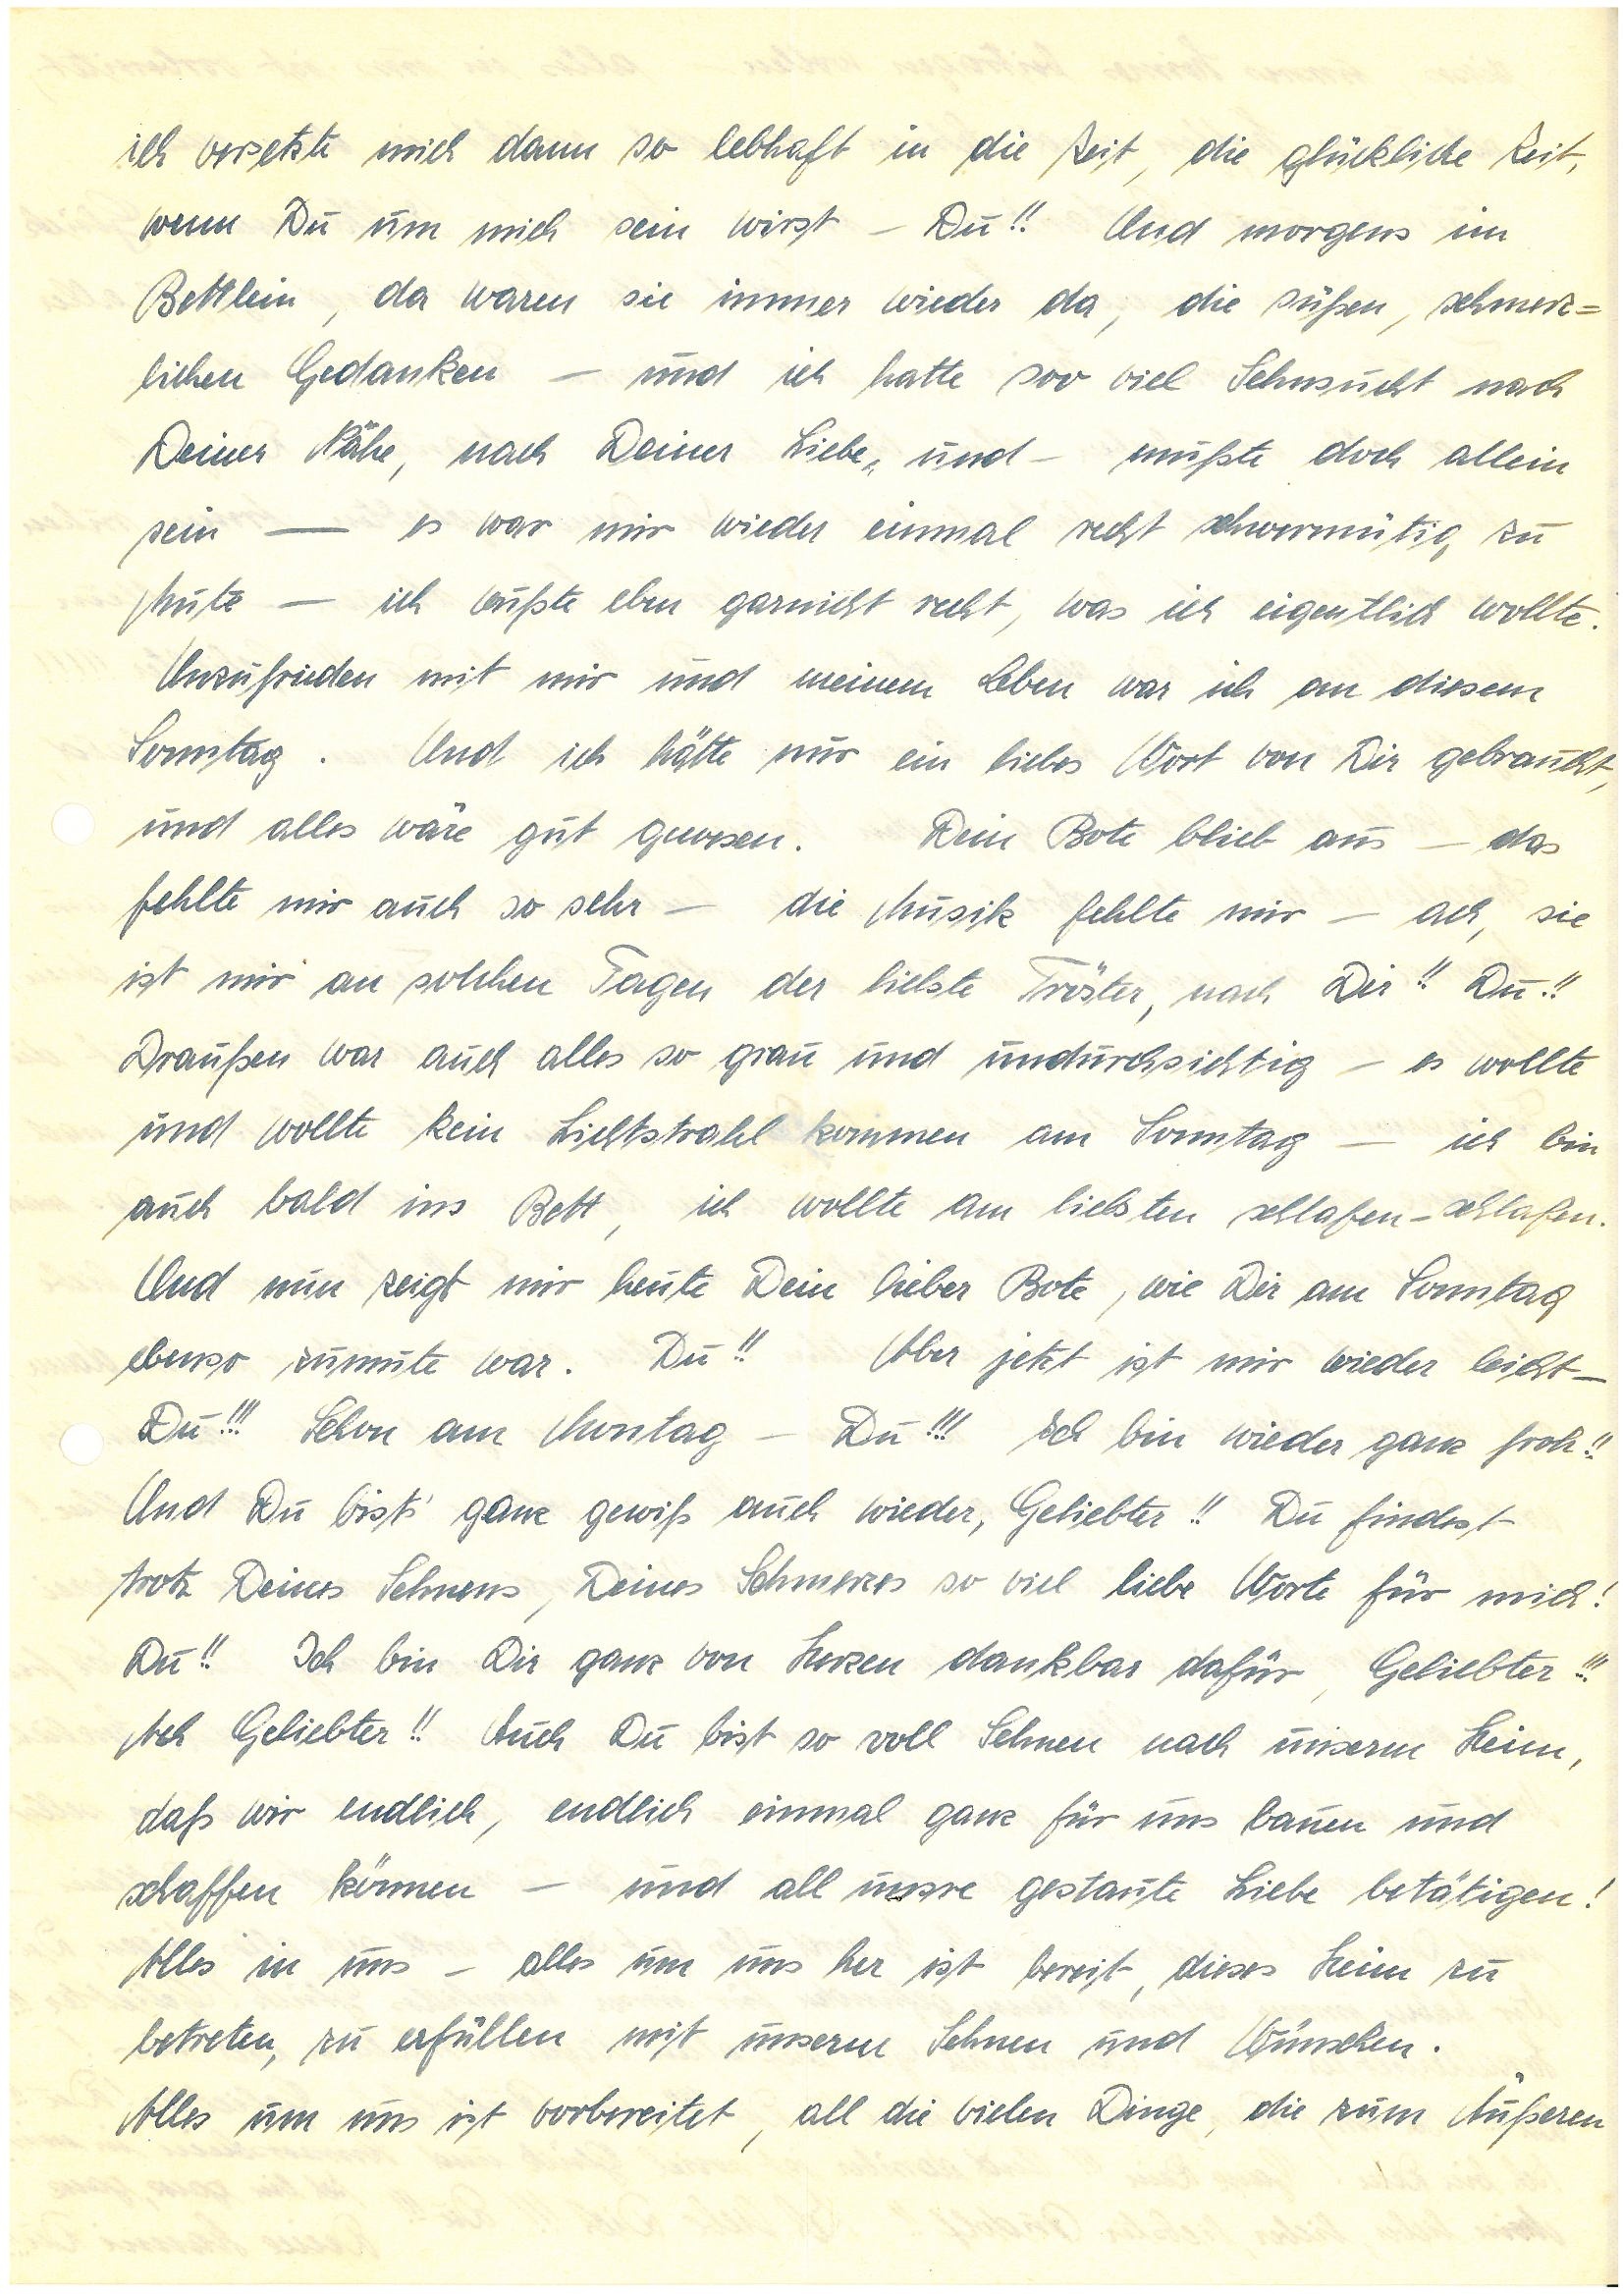
ich versetzte mich dann so lebhaft in die Zeit, die glückliche Zeit,
wenn Du um mich sein wirst – Du!! Und morgens im
Bettlein, da waren sie immer wieder da, die süßen, schmerz¬
lichen Gedanken – und ich hatte soo viel Sehnsucht nach
Deiner Nähe, nach Deiner Liebe, und – mußte doch allein
sein – es war mir wieder einmal recht schwermütig zu
Mute – ich wußte eben garnicht recht, was ich eigentlich wollte.
Unzufrieden mit mir und meinem Leben war ich an diesem
Sonntag. Und ich hätte nur ein liebes Wort von Dir gebraucht,
und alles wäre gut gewesen. Dein Bote blieb aus – das
fehlte mir auch so sehr – die Musik fehlte mir – ach, sie
ist mir an solchen Tagen der liebste Tröster, nach Dir!! Du!!
Draußen war auch alles so grau und undurchsichtig – es wollte
und wollte kein Lichtstrahl kommen am Sonntag – ich bin
auch bald ins Bett, ich wollte am liebsten schlafen – schlafen.
Und nun zeigt mir heute Dein lieber Bote, wie Dir am Sonntag
ebenso zumute war. Du!! Aber jetzt ist mir wieder leicht –
Du!!! Schon am Montag – Du!!! Ich bin wieder ganz froh!!
Und Du bists' ganz gewiß auch wieder, Geliebter!! Du findest
trotz Deines Sehnens, Deines Schmerzes so viel liebe Worte für mich!
Du!! Ich bin Dir ganz von Herzen dankbar dafür, Geliebter!!!
Ach Geliebter!! Auch Du bist so voll Sehnen nach unserm Heim,
daß wir endlich, endlich einmal ganz für uns bauen und
schaffen können – und all unsre gestaute Liebe betätigen!
Alles in uns – alles um uns her ist bereit, dieses Heim zu
betreten, zu erfüllen mit unserm Sehnen und Wünschen.
Alles um uns ist vorbereitet, all die vielen Dinge, die zum Äußeren